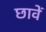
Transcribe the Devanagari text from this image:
छावें